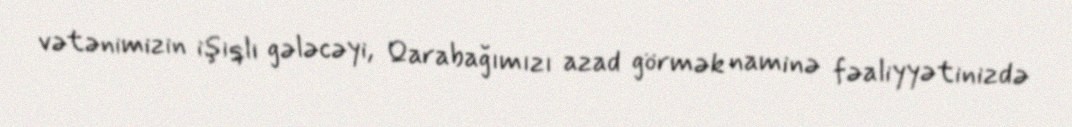
vətənimizin işıqlı gələcəyi, Qarabağımızı azad görmək naminə fəaliyyətinizdə